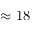
\approx 1 8